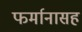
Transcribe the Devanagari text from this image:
फर्मानासह